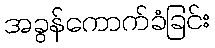
အခွန်ကောက်ခံခြင်း